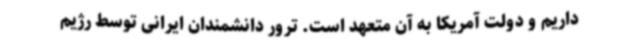
داریم و دولت آمریکا به آن متعهد است. ترور دانشمندان ایرانی توسط رژیم